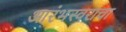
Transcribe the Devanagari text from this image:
आरंभस्वराचा